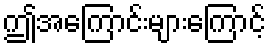
ဤအကြောင်းများကြောင့်